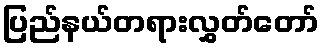
ပြည်နယ်တရားလွှတ်တော်